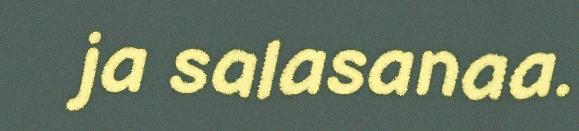
ja salasanaa.